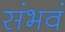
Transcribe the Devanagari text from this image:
संभवं